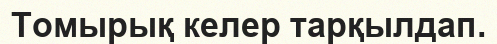
Томырық келер тарқылдап.